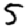
Digit: 5